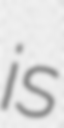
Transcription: is